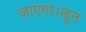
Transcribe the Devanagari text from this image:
जाएगा।जून